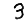
Digit: 3